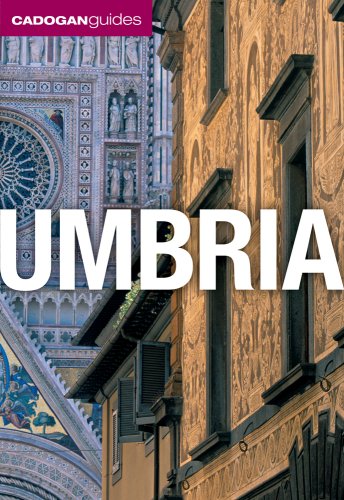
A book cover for Umbria (Cadogan Guides); Dana Facaros; Travel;